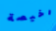
رخيصة